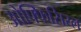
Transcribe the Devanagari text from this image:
ओफ्फिसिय्ल